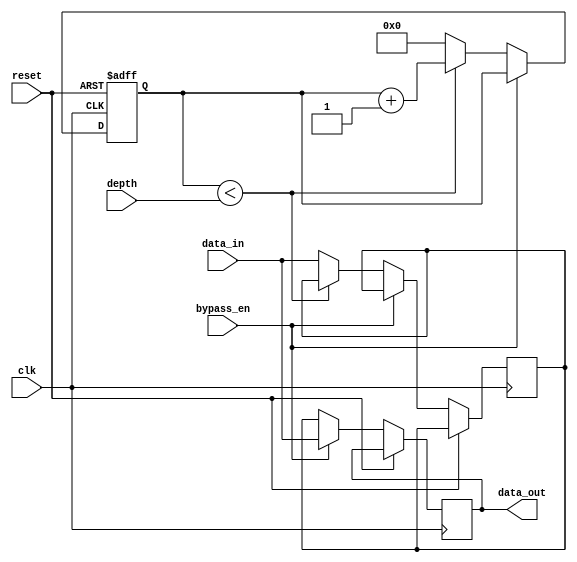
module variable_depth_bypass_register (
    input wire clk,
    input wire reset,
    input wire bypass_en,
    input wire [7:0] data_in,
    input wire [3:0] depth,
    output reg [7:0] data_out
);

reg [7:0] register [0:15];
reg [3:0] counter;

always @(posedge clk or posedge reset) begin
    if (reset) begin
        counter <= 0;
    end else begin
        if (bypass_en) begin
            data_out <= data_in;
        end else begin
            if (counter < depth) begin
                counter <= counter + 1;
            end else begin
                counter <= 0;
                register[0] <= data_in;
            end
            data_out <= register[0];
        end
    end
end

endmodule